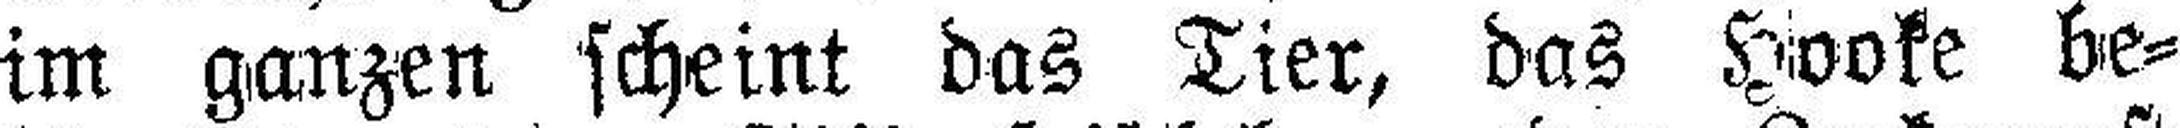
im ganzen scheint das Tier, das Hooke be¬